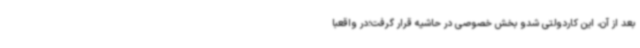
بعد از آن، این کاردولتی شدو بخش خصوصی در حاشیه قرار گرفت؛در واقعبا